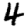
Digit: 4